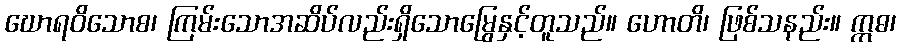
ဃောရဝိသောစ၊ ကြမ်းသောအဆိပ်လည်းရှိသောမြွေနှင့်တူသည်။ ဟောတိ၊ ဖြစ်သနည်း။ ဣဓ၊